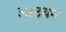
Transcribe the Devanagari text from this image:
आठयन